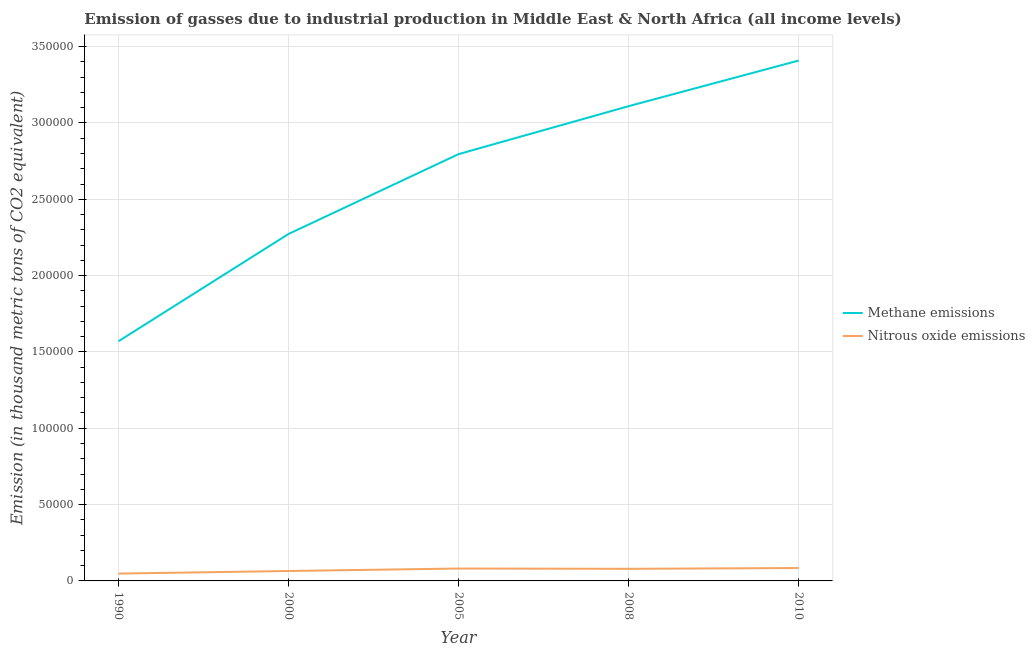
| Year | Methane emissions | Nitrous oxide emissions |
 | --- | --- | --- |
 | 1990 | 1.57e+05 | 4.8e+03 |
 | 2000 | 2.27e+05 | 6.5e+03 |
 | 2005 | 2.8e+05 | 8.12e+03 |
 | 2008 | 3.11e+05 | 7.93e+03 |
 | 2010 | 3.41e+05 | 8.44e+03 |